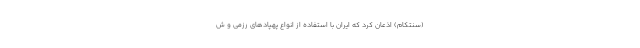
(سنتکام) اذعان کرد که ایران با استفاده از انواع پهپادهای رزمی و ش